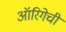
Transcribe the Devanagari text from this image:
ऑरिगेची